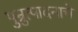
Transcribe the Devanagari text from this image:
पुन्रुत्पादनाचे